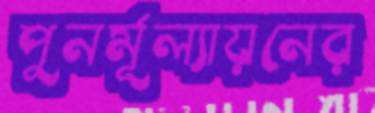
পুনর্মূল্যায়নের